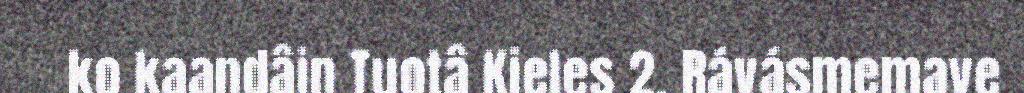
ko kaandâin Tuotâ Kieles 2. Rávásmemave